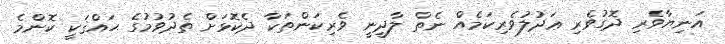
އަނިޔާވެރި ދޮގުވެރި ޢަދުލުވެރިކަމެއް ނެތް ލާދީނީ ވެރިކަންތަކާ ދެކޮޅަށް ތެދުވުމުގެ ޙައްޤަކީ ކޮންމެ